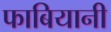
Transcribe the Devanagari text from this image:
फाबियानी